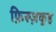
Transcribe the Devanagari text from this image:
फ़िरूज़कूह